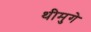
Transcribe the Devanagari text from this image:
थीमुगे